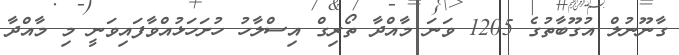
ގާނޫނުލް އުގޫބާތުގެ 1205 ވަނަ މާއްދާ ތޯރިގް އިސްލާހު ހުށަހަޅުއްވާފައިވަނީ މި މާއްދާ